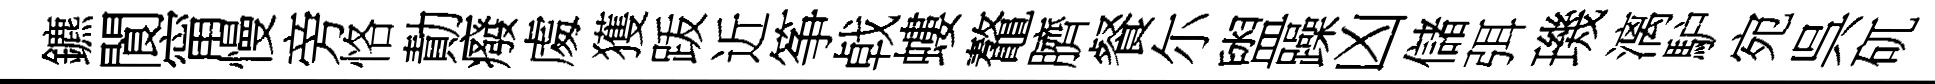
鑣閬甯慢旁恪勣癈䖏獲䟦近筝㦸螻鼇臍餐尓盥躁凶儲弭璣漓馿宛呉矹